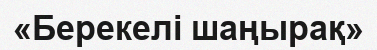
«Берекелі шаңырақ»